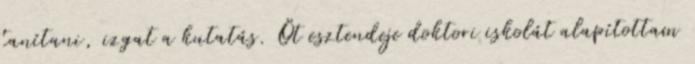
tanítani, izgat a kutatás. Öt esztendeje doktori iskolát alapítottam